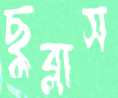
ছুব্‌লাস